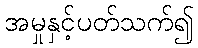
အမှုနှင့်ပတ်သက်၍